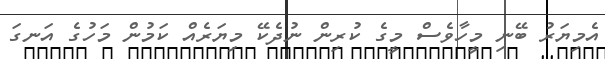
އެމިޔަރު ބޭނި މީހާވެސް މީގެ ކުރިން ނުދެކޭ މިޔަރެއް ކަމުން މަހުގެ އަނގަ